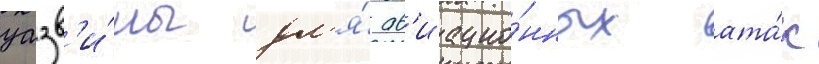
уазв'и́мы дл'я́ ав'иацио́нных ата́к